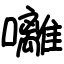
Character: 囄